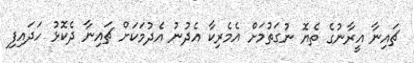
ޗައިނާ އީރާނުގެ ތެޔޮ ނުގަތުމަށް އެމެރިކާ އެދުނު އެދުމަކަށް ޗައިނާ ދެކޮޅު ހަދައިފި